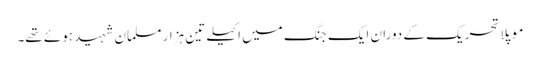
موپلا تحریک کے دوران ایک جنگ میں اکیلے تین ہزار مسلمان شہید ہوئے تھے۔